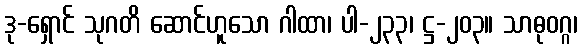
ဒု-ရှောင် သုဂတိ ဆောင်ဟူသော ဂါထာ၊ ပါ-၂၃၃၊ ဋ္ဌ-၂၀၃။ သာဓုဝဂ္ဂ၊